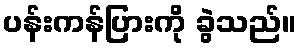
ပန်းကန်ပြားကို ခွဲသည်။